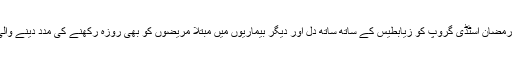
پروفیسر اعجاز وہرہ نے کہا کہ رمضان اسٹڈی گروپ کو زیابطیس کے ساتھ ساتھ دل اور دیگر بیماریوں میں مبتلا مریضوں کو بھی روزہ رکھنے کی مدد دینے والی سفارشات مرتب کرنی چاہئیں ۔